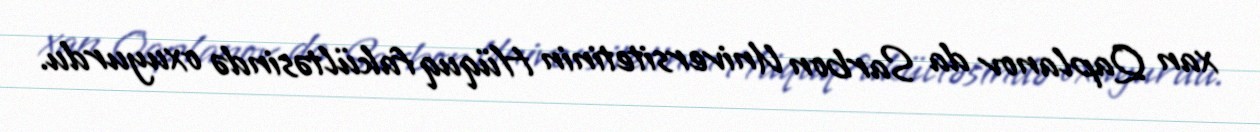
xan Qaplanov da Sarbon Universitetinin Hüquq fakültəsində oxuyurdu.